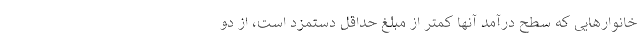
خانوارهایی که سطح درآمد آنها کمتر از مبلغ حداقل دستمزد است، از دو